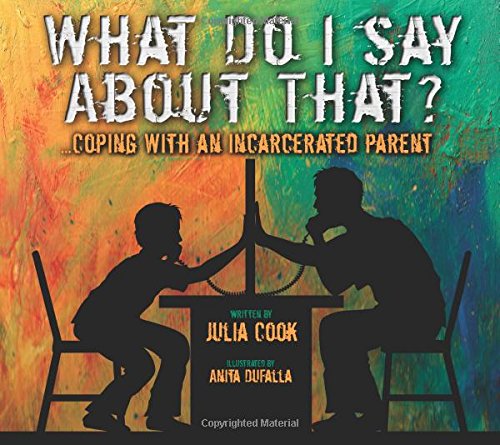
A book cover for What Do I Say About That?; Julia Cook; Parenting & Relationships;